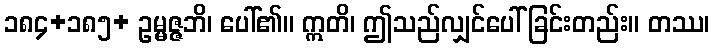
၁၈၄+၁၈၅+ ဥမ္မဇ္ဇဘိ၊ ပေါ်၏။ ဣတိ၊ ဤသည်လျှင်ပေါ်ခြင်းတည်း။ တဿ၊